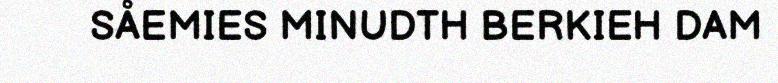
SÅEMIES MINUDTH BERKIEH DAM